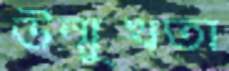
উন্মুখতা